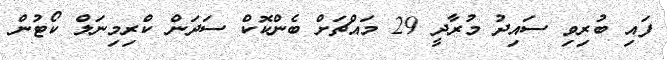
ފައި ބުރިވި ސައިދު މުރާދީ 29 މައްޗަށް ބެންކޮކް ސަދަން ކްރިމިނަލް ކޯޓުން